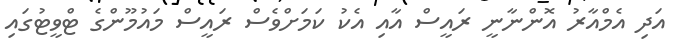
އަދި އެމްއާރު އޮންނާނީ ރައީސް އާއި އެކު ކަމަށްވެސް ރައީސް މައުމޫންގެ ޓްވީޓުގައި